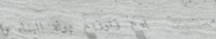
بيع وتوزيع مواد البناء وا